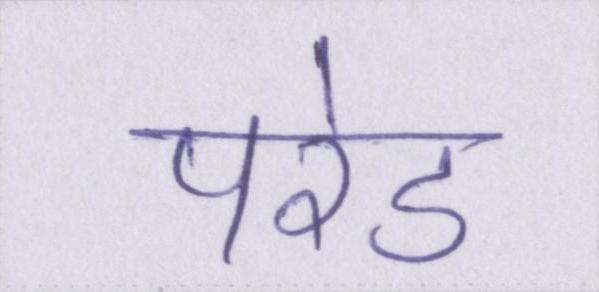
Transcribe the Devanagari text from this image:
परेड